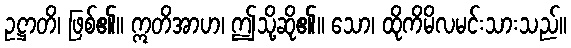
ဥဋ္ဌာတိ၊ ဖြစ်၏။ ဣတိအာဟ၊ ဤသို့ဆို၏။ သော၊ ထိုကိမိလမင်းသားသည်။